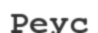
Реус